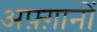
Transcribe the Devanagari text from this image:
अफ़्ग़ानों